Report of the Indian Hemp Drugs Commission, 1894-1895 - Volume III
Year: 1894
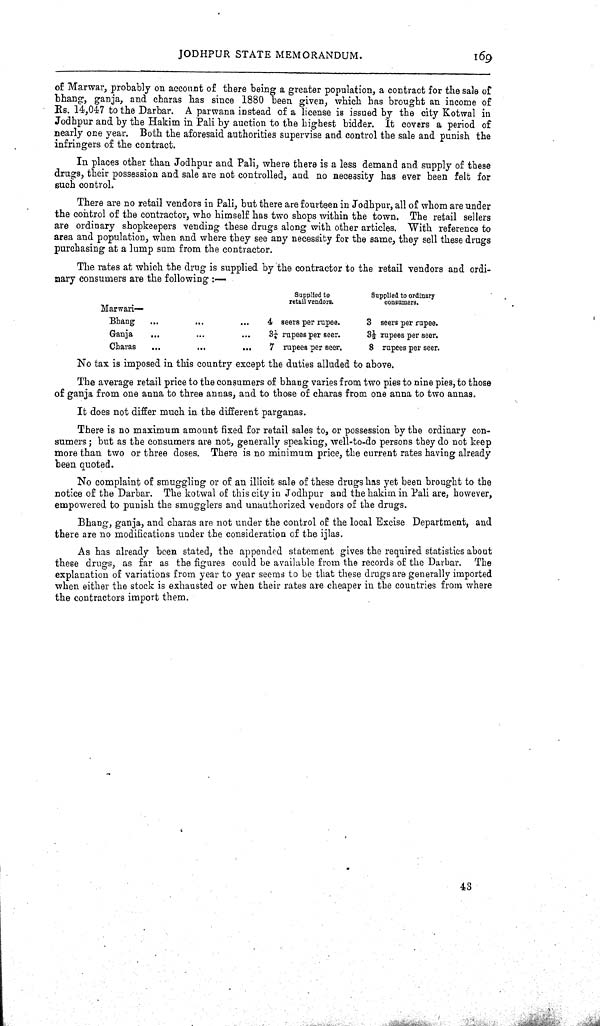
JODHPUR STATE MEMORANDUM.
169
of Marwar, probably on account of there being a greater population, a contract for the sale of
bhang, ganja, and charas has since 1880 been given, which has brought an income of
Rs. 14,047 to the Darbar. A parwana instead of a license is issued by the city Kotwal in
Jodhpur and by the Hakim in Pali by auction to the highest bidder. It covers a period of
nearly one year. Both the aforesaid authorities supervise and control the sale and punish the
infringers of the contract.
In places other than Jodhpur and Pali, where there is a less demand and supply of these
drugs, their possession and sale are not controlled, and no necessity has ever been felt for
such control.
There are no retail vendors in Pali, but there are fourteen in Jodhpur, all of whom are under
the control of the contractor, who himself has two shops within the town. The retail sellers
are ordinary shopkeepers vending these drugs along with other articles. With reference to
area and population, when and where they see any necessity for the same, they sell these drugs
purchasing at a lump sum from the contractor.
The rates at which the drug is supplied by the contractor to the retail vendors and ordi-
nary consumers are the following:—
Marwari—
Supplied to
retail vendors.
Supplied to ordinary
consumers.
Bhang
4 seers per rupee.
3 seers per rupee.
Ganja
31/4 rupees per seer.
31/2 rupees per seer.
Charas
7 rupees per seer.
8 rupees per seer.
No tax is imposed in this country except the duties alluded to above.
The average retail price to the consumers of bhang varies from two pies to nine pies, to those
of ganja from one anna to three annas, and to those of charas from one anna to two annas.
It does not differ much in the different parganas.
There is no maximum amount fixed for retail sales to, or possession by the ordinary con-
sumers; but as the consumers are not, generally speaking, well-to-do persons they do not keep
more than two or three doses. There is no minimum price, the current rates having already
been quoted.
No complaint of smuggling or of an illicit sale of these drugs has yet been brought to the
notice of the Darbar. The kotwal of this city in Jodhpur and the hakim in Pali are, however,
empowered to punish the smugglers and unauthorized vendors of the drugs.
Bhang, ganja, and charas are not under the control of the local Excise Department, and
there are no modifications under the consideration of the ijlas.
As has already been stated, the appended statement gives the required statistics about
these drugs, as far as the figures could be available from the records of the Darbar. The
explanation of variations from year to year seems to be that these drugs are generally imported
when either the stock is exhausted or when their rates are cheaper in the countries from where
the contractors import them.